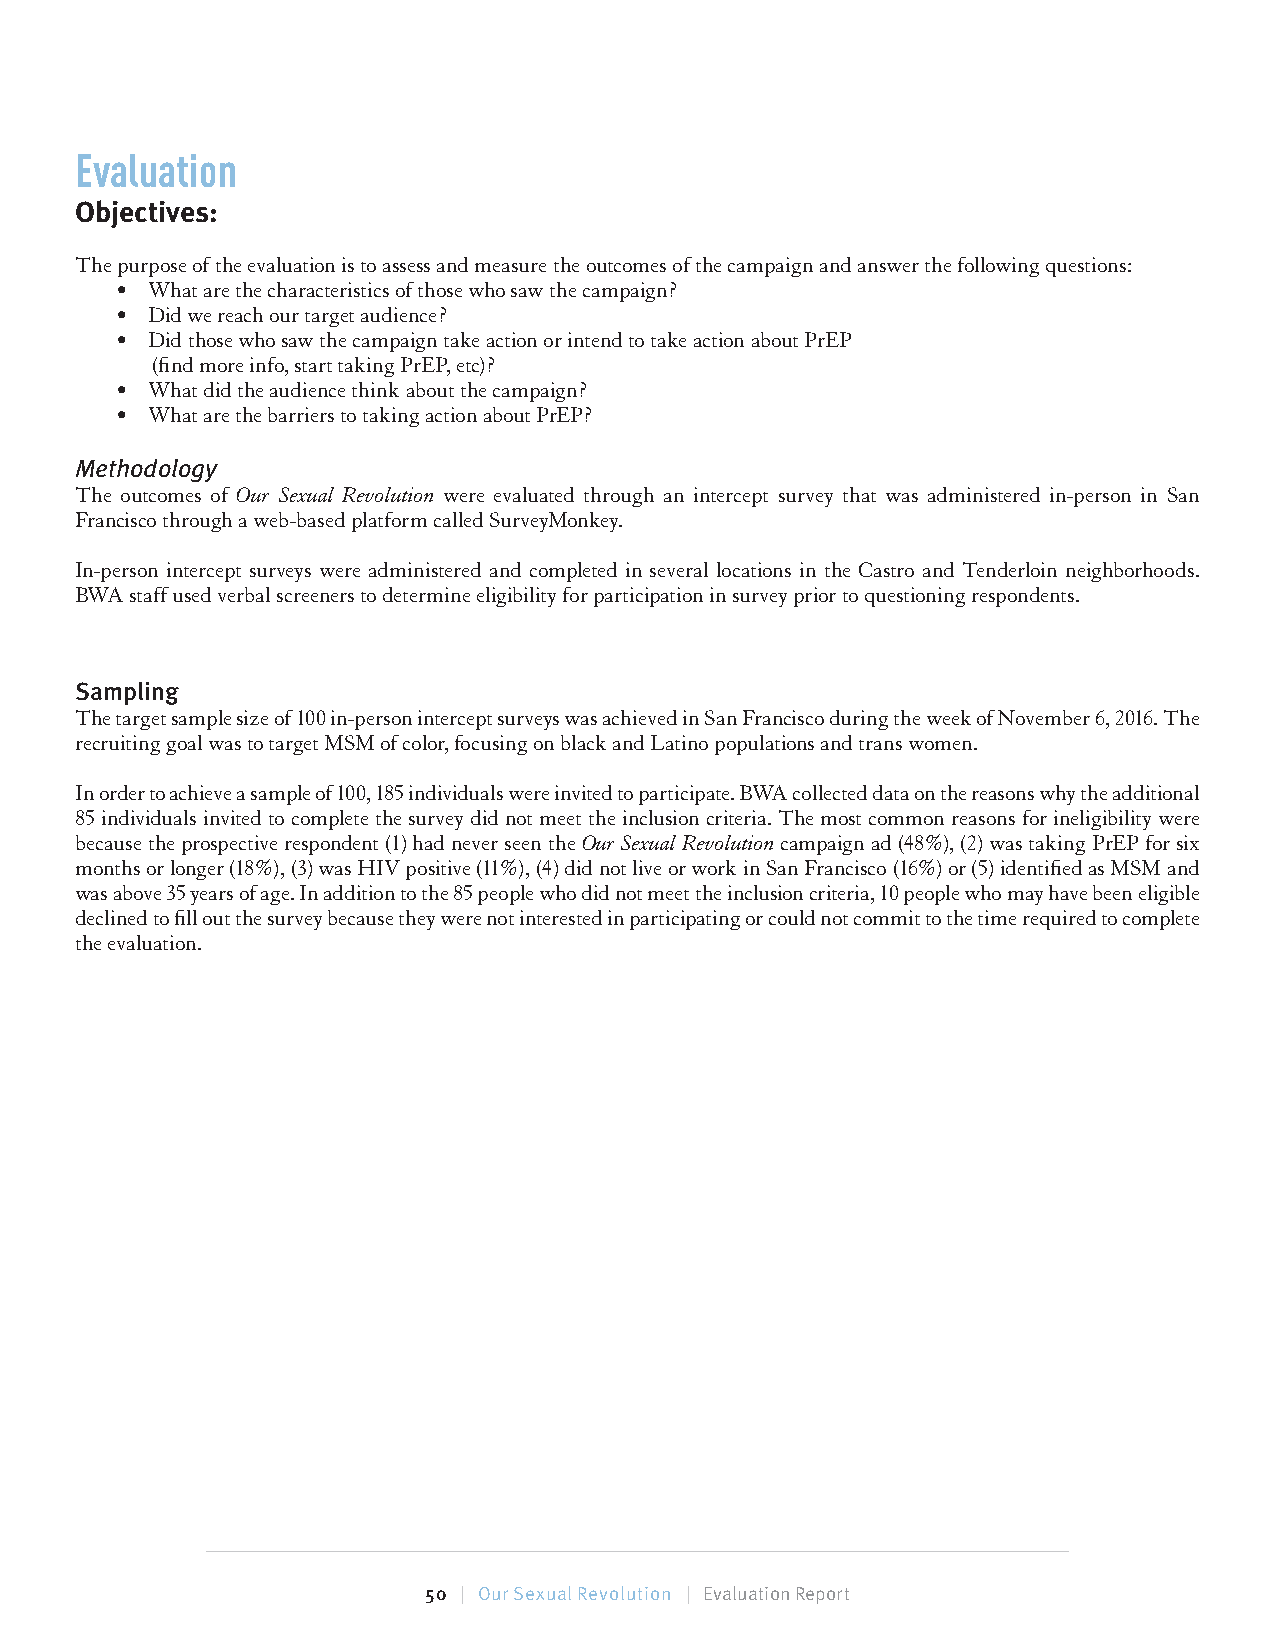
Evaluation
 Objectives:
 The purpose of the evaluation is to assess and measure the outcomes of the campaign and answer the following questions:
 • What are the characteristics of those who saw the campaign?
 • Did we reach our target audience?
 • Did those who saw the campaign take action or intend to take action about PrEP
 (find more info, start taking PrEP, etc)?
 • What did the audience think about the campaign?
 • What are the barriers to taking action about PrEP?
 Methodology
 The outcomes of Our Sexual Revolution were evaluated through an intercept survey that was administered in-person in San
 Francisco through a web-based platform called SurveyMonkey.
 In-person intercept surveys were administered and completed in several locations in the Castro and Tenderloin neighborhoods.
 BWA staff used verbal screeners to determine eligibility for participation in survey prior to questioning respondents.
 Sampling
 The target sample size of 100 in-person intercept surveys was achieved in San Francisco during the week of November 6, 2016. The
 recruiting goal was to target MSM of color, focusing on black and Latino populations and trans women.
 In order to achieve a sample of 100, 185 individuals were invited to participate. BWA collected data on the reasons why the additional
 85 individuals invited to complete the survey did not meet the inclusion criteria. The most common reasons for ineligibility were
 because the prospective respondent (1) had never seen the Our Sexual Revolution campaign ad (48%), (2) was taking PrEP for six
 months or longer (18%), (3) was HIV positive (11%), (4) did not live or work in San Francisco (16%) or (5) identified as MSM and
 was above 35 years of age. In addition to the 85 people who did not meet the inclusion criteria, 10 people who may have been eligible
 declined to fill out the survey because they were not interested in participating or could not commit to the time required to complete
 the evaluation.
 50 | Our Sexual Revolution | Evaluation Report